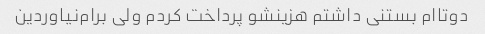
دوتاام بستنی داشتم هزینشو پرداخت کردم ولی برام‌نیاوردین